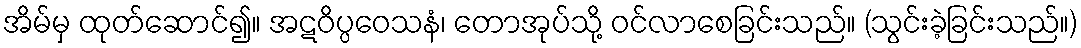
အိမ်မှ ထုတ်ဆောင်၍။ အဋဝိပ္ပဝေသနံ၊ တောအုပ်သို့ ဝင်လာစေခြင်းသည်။ (သွင်းခဲ့ခြင်းသည်။)